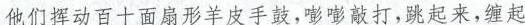
他们挥动百一百扇形羊皮手鼓，嘭嘭敲打，跳起来，缠起